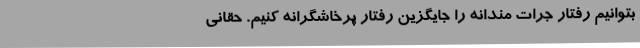
بتوانیم رفتار جرات مندانه را جایگزین رفتار پرخاشگرانه کنیم. حقانی